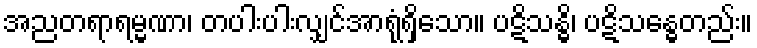
အညတရာရမ္မဏာ၊ တပါးပါးလျှင်အာရုံရှိသော။ ပဋိသန္ဓိ၊ ပဋိသန္ဓေတည်း။